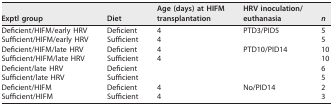
| Exptl group | Diet | Age (days) at HIFM transplantation | HRV inoculation/euthanasia | n |
 | --- | --- | --- | --- | --- |
 | Deficient/HIFM/early HRV | Deficient | 4 | <ROWSPAN=2> PTD3/PID5 | 5 |
 | Sufficient/HIFM/early HRV | Sufficient | 4 | 5 |
 | Deficient/HIFM/late HRV | Deficient | 4 | <ROWSPAN=4> PTD10/PID14 | 10 |
 | Sufficient/HIFM/late HRV | Sufficient | 4 | 10 |
 | Deficient/late HRV | Deficient |  | 6 |
 | Sufficient/late HRV | Sufficient |  | 5 |
 | Deficient/HIFM | Deficient | 4 | No/PID14 | 2 |
 | Sufficient/HIFM | Sufficient | 4 |  | 3 |